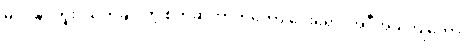
မဝင်နိုင်ဘူး၊ သတ်ချင်တဲ့ စိတ်ဆိုတာကတော့ ဝေးရော၊ အဲဒီအခါကျတော့